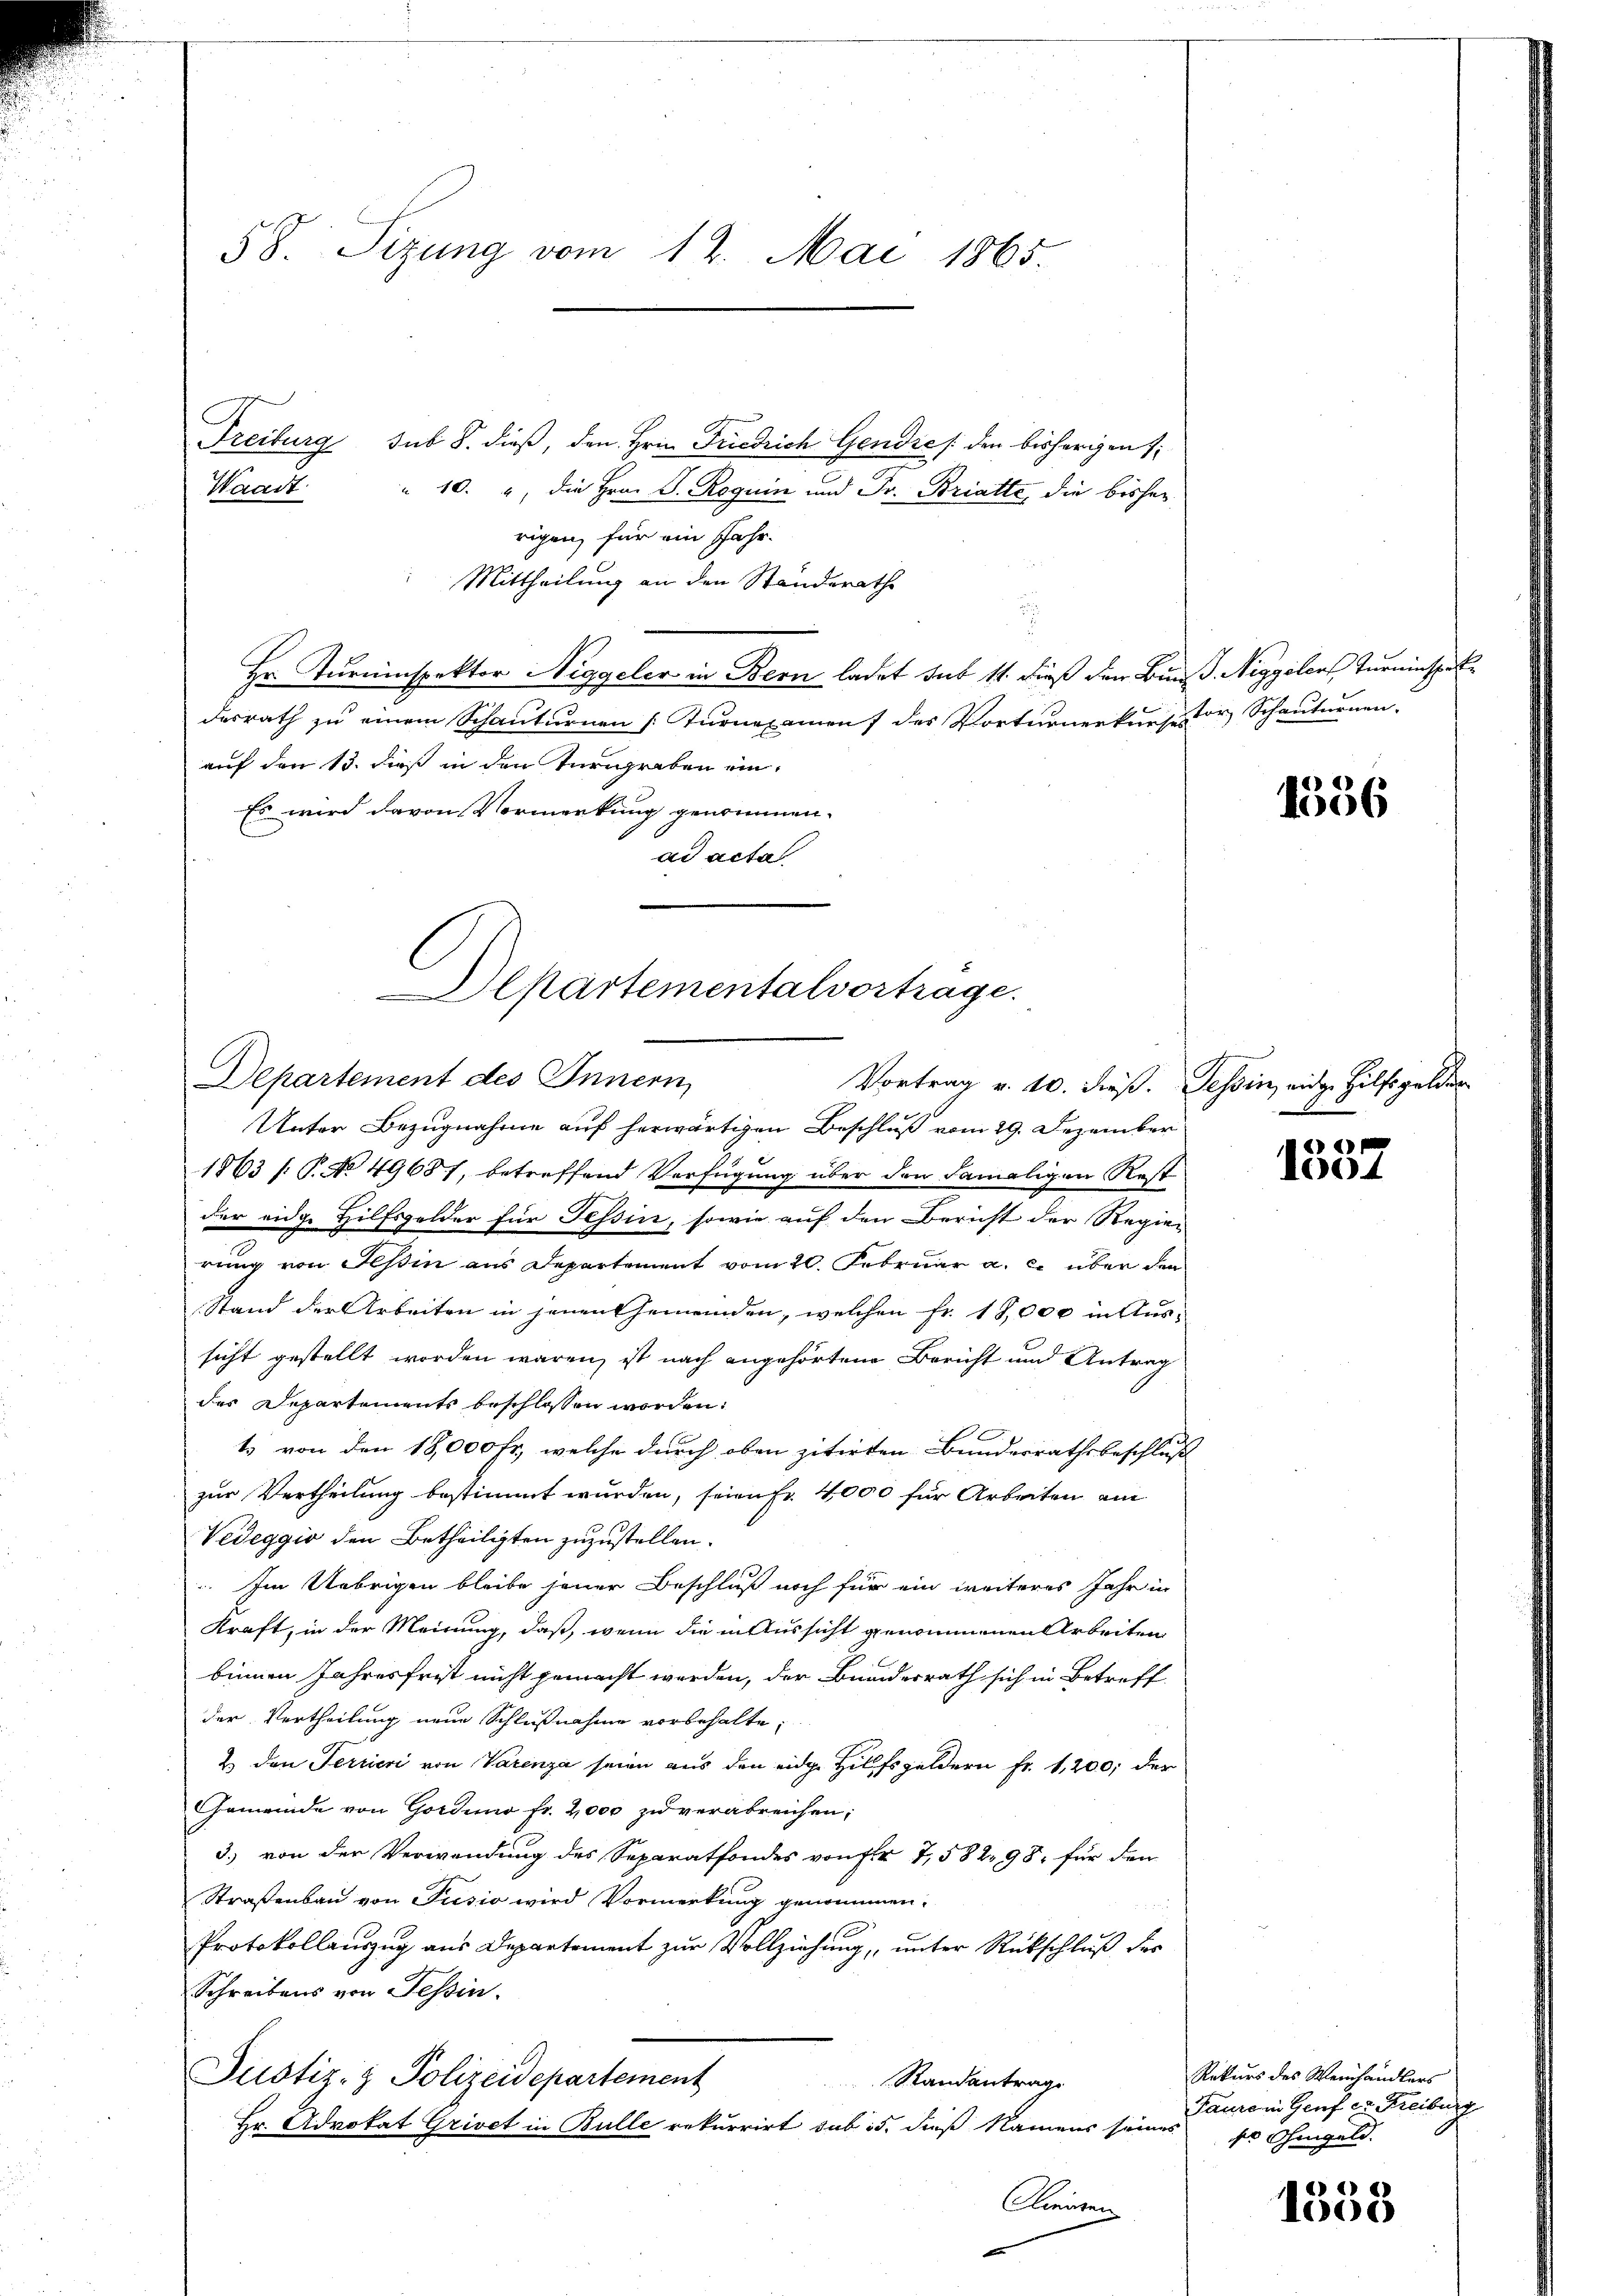
58. Sizung vom 12. Mai 1865.

Freiburg sub S. dieß, den Hrn. Friedrich Gendić / den bisherigen
" 10. , die Hrn. J. Roguin und Fr. Bratte, die bisherrigen, für ein Jahr.
Mittheilung an den Standerathe
Hr. Turninspektor Niggeler in Bern ladet sub 11. dieß den Bund. Niggelers Turninspek
desrath zu einem Schanturnen [Turnexament des Vorturnerkerstor Schauternen-
auf den 13. dieß in den Turngraben ein¬
Es wird davon Vormerkung genommen.
ad acta
Unter Bezugnahme auf herwärtigen Beschluß vom 29. Dezember
1863 /: P. No 49687, betreffend Verfügung über den damaligen Rest
der eidge Hilfsgelder für Tessin, sowie auf den Bericht der Regier
rung von Tessin aus Departement vom 20. Februar a. c. über den
Stand der Arbeiten in jenen Gemeinden, welchen fr. 18,000 in Aussicht gestellt worden wären, ist nach angehörten Bericht und Antrag
des Departements beschlossen worden:
1) von den 18,000 fr., welche durch oben zitirten Bundesrathsbeschluß
zur Vertheilung bestimmt wurden, seien fr. 4000 für Arbeiten am
Vedeggio den Betheiligten zuzustellen.
 Im Uebrigen bleibe jener Beschluß noch für ein weiteres Jahr in
Kraft, in der Meinung, daß, wenn die in Aussicht genommenen Arbeiten
binnen Jahresfrist nicht gemacht werden, der Bundesrath sich in Betreff
der Vertheilung neue Schlußnahme vorbehalte,
2) den Terrien von Varenza seien aus den eidge Hilfsgeldern fr. 1,200, der
Gemeinde von Gordino fr. 2,000 zu verabreichen;
3.) von der Verwendung des Separatfondes von Fr. 7,582. 98. für den
Straßenbau von Pusio wird Vormerkung genommen.
Protokollauszug aus Departement zur Vollziehung, unter Rückschluß der
Schreibens von Tessin.
Justiz- & Polizeidepartement
Standantrage
Hr. Advokat Grivet in Bulle rekurrirt sub 15. dieß Namens seines
Mauren

Waadt

Departementalvortrage.
Departement des Innern,
Vortrag v. 10. dieß. Tessin, einge Hilfsgelder

1356

6

d
1004

Rekurs des Weinhändlers
Jaure in Genf er Freiburg
ser Ohmgeld.

4)
1008